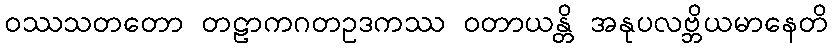
ဝဿသတတော တဠာကဂတဥဒကဿ ဝတာယန္တိ အနုပလဗ္ဘိယမာနေတိ